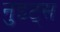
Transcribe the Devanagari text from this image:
नुइट्स